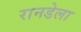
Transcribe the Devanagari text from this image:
रानडेला